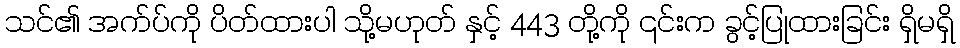
သင်၏ အက်ပ်ကို ပိတ်ထားပါ သို့မဟုတ် နှင့် 443 တို့ကို ၎င်းက ခွင့်ပြုထားခြင်း ရှိမရှိ